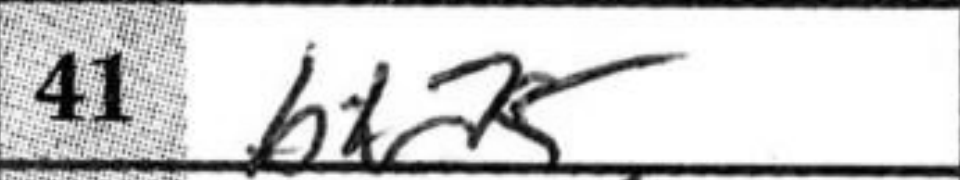
Transcription: bxa5